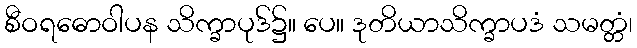
စီဝရဓောဝါပန သိက္ခာပုဒ်၌။ ပေ။ ဒုတိယာသိက္ခာပဒံ သမတ္တံ၊